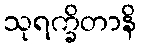
သုရက္ခိတာနိ